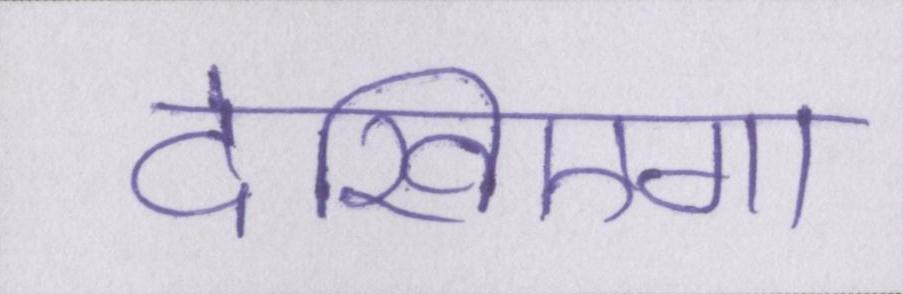
देखिएगा